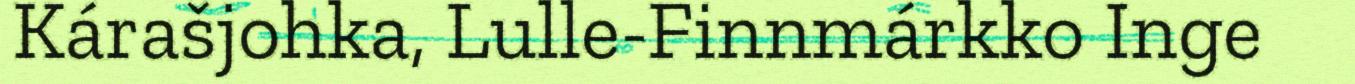
Kárašjohka, Lulle-Finnmárkko Inge